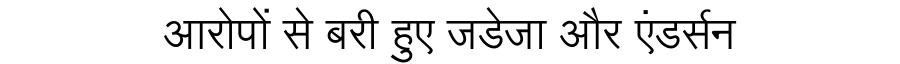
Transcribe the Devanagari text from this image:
आरोपों से बरी हुए जडेजा और एंडर्सन